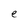
Character: e